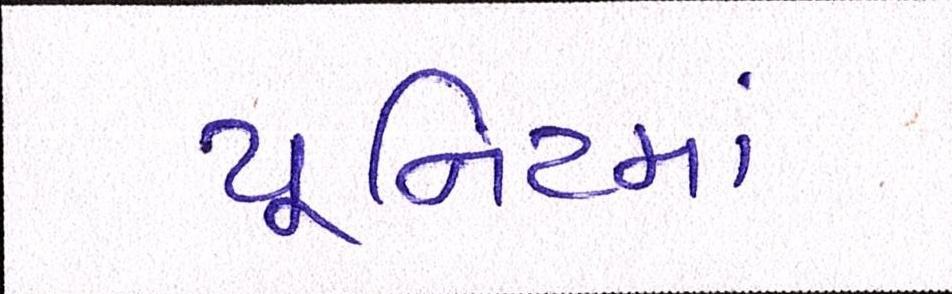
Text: યૂનિટમાં